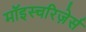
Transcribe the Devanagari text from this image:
मॉइस्चरिज़ेर्स